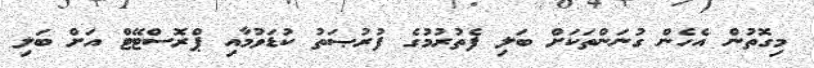
މިގޮތުން އެހެން ގުނަންތަކަށް ބަލި ފެތުރުމުގެ ފުރުޞަތު ކުޑަވުމާއި ޕްރޮސްޓޭޓް އަށް ބަލި